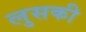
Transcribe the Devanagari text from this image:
लुसकी